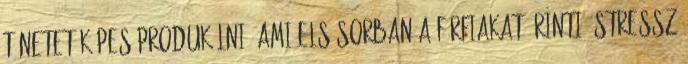
tünetet képes produkálni, ami elsősorban a férfiakat érinti. Stressz